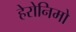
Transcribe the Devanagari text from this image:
हेरोनिमो